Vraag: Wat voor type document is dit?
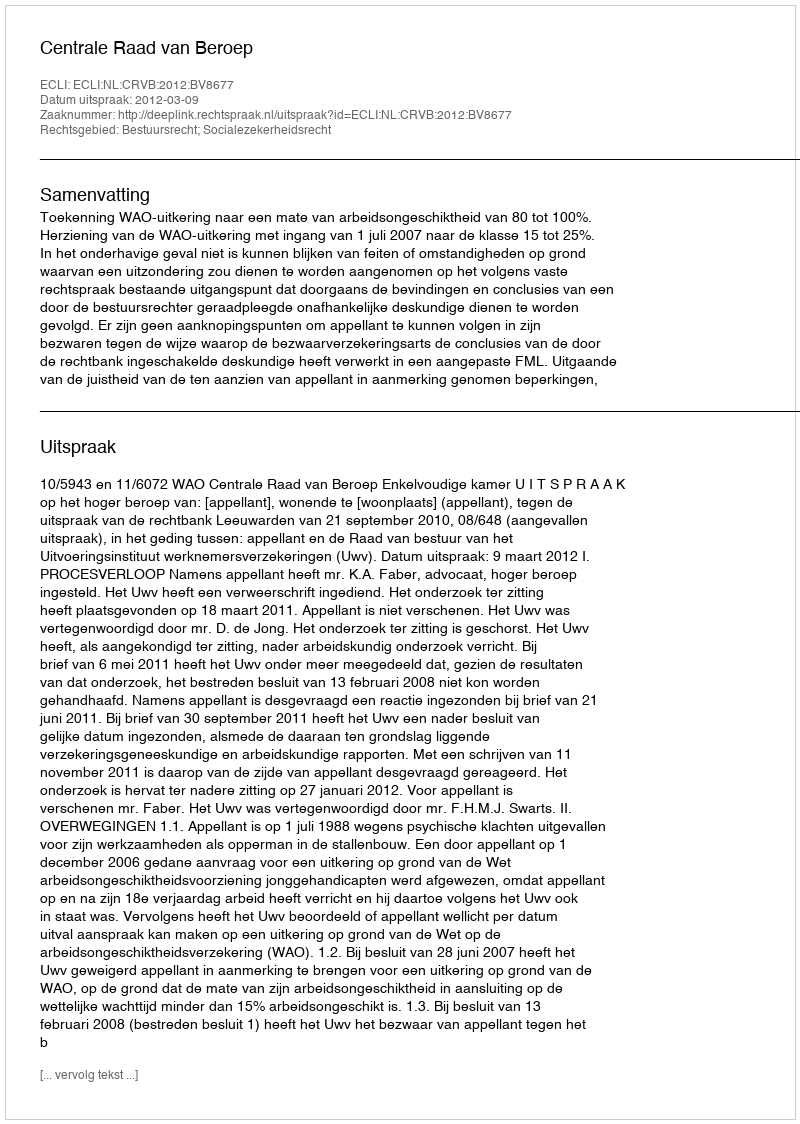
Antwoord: Uitspraak